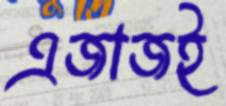
এজাজই